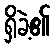
ရှိခဲ့၏